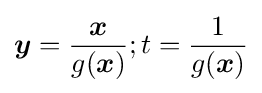
{\boldsymbol {y}}={\frac {\boldsymbol {x}}{g({\boldsymbol {x}})}};t={\frac {1}{g({\boldsymbol {x}})}}